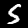
Label: 5